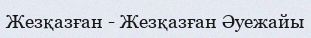
Жезқазған - Жезқазған Әуежайы